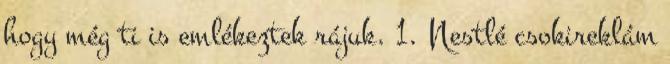
hogy még ti is emlékeztek rájuk. 1. Nestlé csokireklám